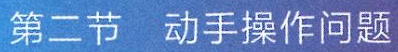
第二节  动手操作问题